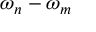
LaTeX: \omega _ { n } - \omega _ { m }